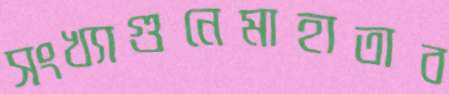
সংখ্যাগুনেমাহাতাব